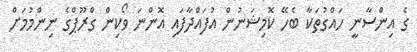
ގެ އިންސާނީ ހައްގުތަކާ ބެހޭ ކޮމިޝަނުން އުފައްދާފައި އޮންނަ ވޯކިން ގްރޫޕްގެ ނިންމުމަށް